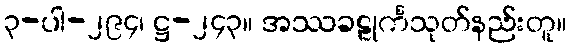
၃-ပါ-၂၉၄၊ ဋ္ဌ-၂၄၃။ အဿခဠုင်္ကသုတ်နည်းတူ။